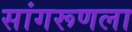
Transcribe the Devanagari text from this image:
सांगरूणला